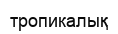
тропикалық